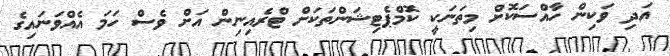
އަދި ވަކިން ހާއްސަކޮށް މިތަނަކީ ކޮމްޕެޓިޝަންތަކަށް ޓްރެއިނިން އަށް ވެސް ހަމަ އެއްވަނައިގެ